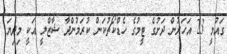
ގައުމީ 23 އަހަރުން ދަށުގެ ޓީމުގެ ހެޑްކޯޗުކަން ކުރަމުންދާ ޝާޒްލީ އަކީ މިދިޔަ